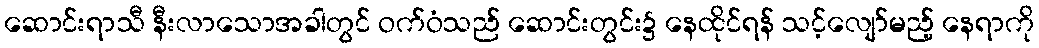
ဆောင်းရာသီ နီးလာသောအခါတွင် ဝက်ဝံသည် ဆောင်းတွင်း၌ နေထိုင်ရန် သင့်လျော်မည့် နေရာကို